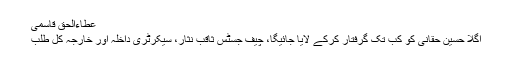
عطاءالحق قاسمی
اگلا حسین حقانی کو کب تک گرفتار کرکے لایا جائیگا، چیف جسٹس ثاقب نثار، سیکرٹری داخلہ اور خارجہ کل طلب